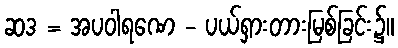
ဆဒ = အပဝါရဏေ - ပယ်ရှားတားမြစ်ခြင်း၌။